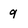
Character: 9